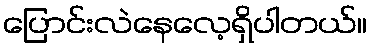
ပြောင်းလဲနေလေ့ရှိပါတယ်။